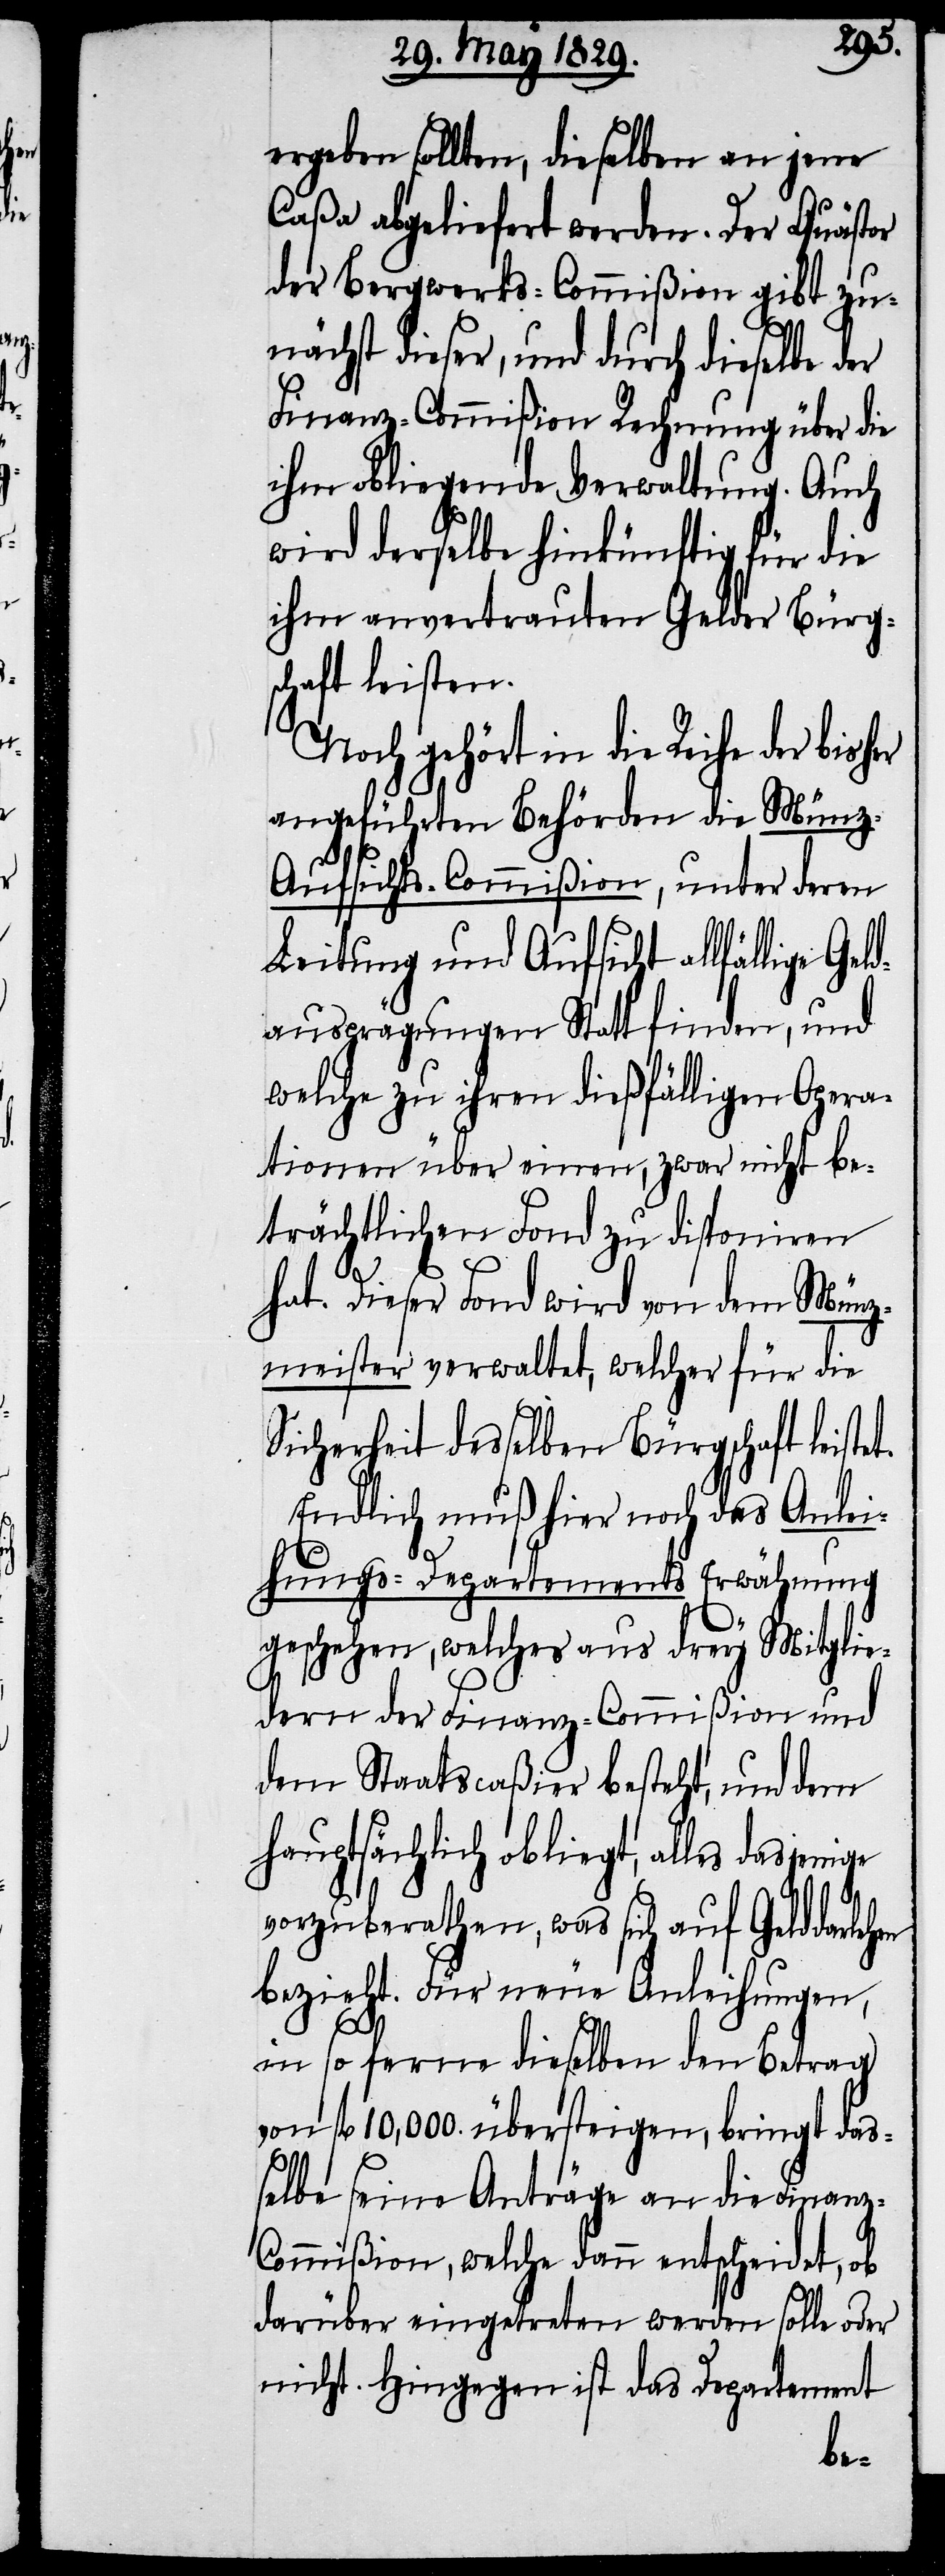
t.

ergeben sollten, dieselben an jene
Caßa abgeliefert werden. Der Quästor
der Bergwerks-Commißion gibt zu¬
nächst dieser, und durch dieselbe der
Finanz-Commißion Rechnung über die
ihm obliegende Verwaltung. Auch
wird derselbe hinkünftig für die
ihm anvertraute Gelder Bürg¬
schaft leisten.
Noch gehört in die Reihe der
angeführten Behörden die Münz-A¬
ufsichts-Commißion, unter deren
Leitung und Aufsicht allfällige Geld¬
ausprägungen Statt finden, und
welche zu ihren dießfälligen Opera¬
tionen über einen, zwar nicht be¬
trächtlichen Fond zu disponiren
hat. Dieser Fond wird von dem Münz¬
meister verwaltet, welcher für die
Sicherheit desselben Bürgschaft leiste¬
Endlich muß hier noch das Anlei¬
hungs-Departements Erwähnung
geschehen, welches aus drey Mitglie¬
dern der Finanz-Commißion und
dem Staatscaßier besteht, und dem
hauptsächlich obliegt, alles dasjenige
vorzuberathen, was sich auf Gelddarlehen
bezieht. Für neue Anleihungen,
in so ferne dieselben den Betrag
von fl. 10,000. übersteigen, bringt das¬
selbe seine Anträge an die Finan¬
z-Commißion, welche dann entscheidet, ob
darüber eingetreten werden solle oder
nicht. Hingegen ist das Departement